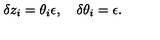
\delta z _ { i } = \theta _ { i } \epsilon , \quad \delta \theta _ { i } = \epsilon .